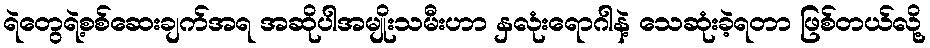
ရဲတွေရဲ့စစ်ဆေးချက်အရ အဆိုပါအမျိုးသမီးဟာ နှလုံးရောဂါနဲ့ သေဆုံးခဲ့ရတာ ဖြစ်တယ်လို့